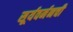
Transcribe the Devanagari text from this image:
सूर्यवर्मनची